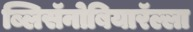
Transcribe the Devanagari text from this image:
ब्लिसॅनोबियारॅल्ला